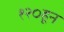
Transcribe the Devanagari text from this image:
१२०हून